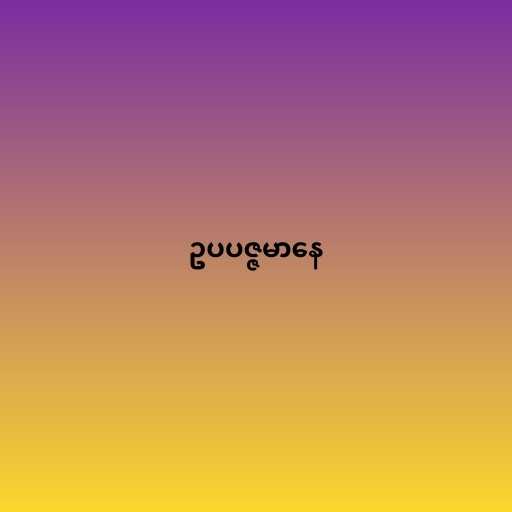
ဥပပဇ္ဇမာနေ